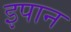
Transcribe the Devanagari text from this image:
इपान